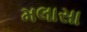
મલાસા